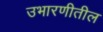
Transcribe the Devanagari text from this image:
उभारणीतील